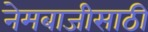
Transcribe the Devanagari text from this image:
नेमबाजीसाठी